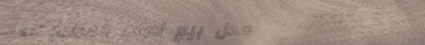
محل بيع أدوات المطبخ الحد